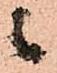
候